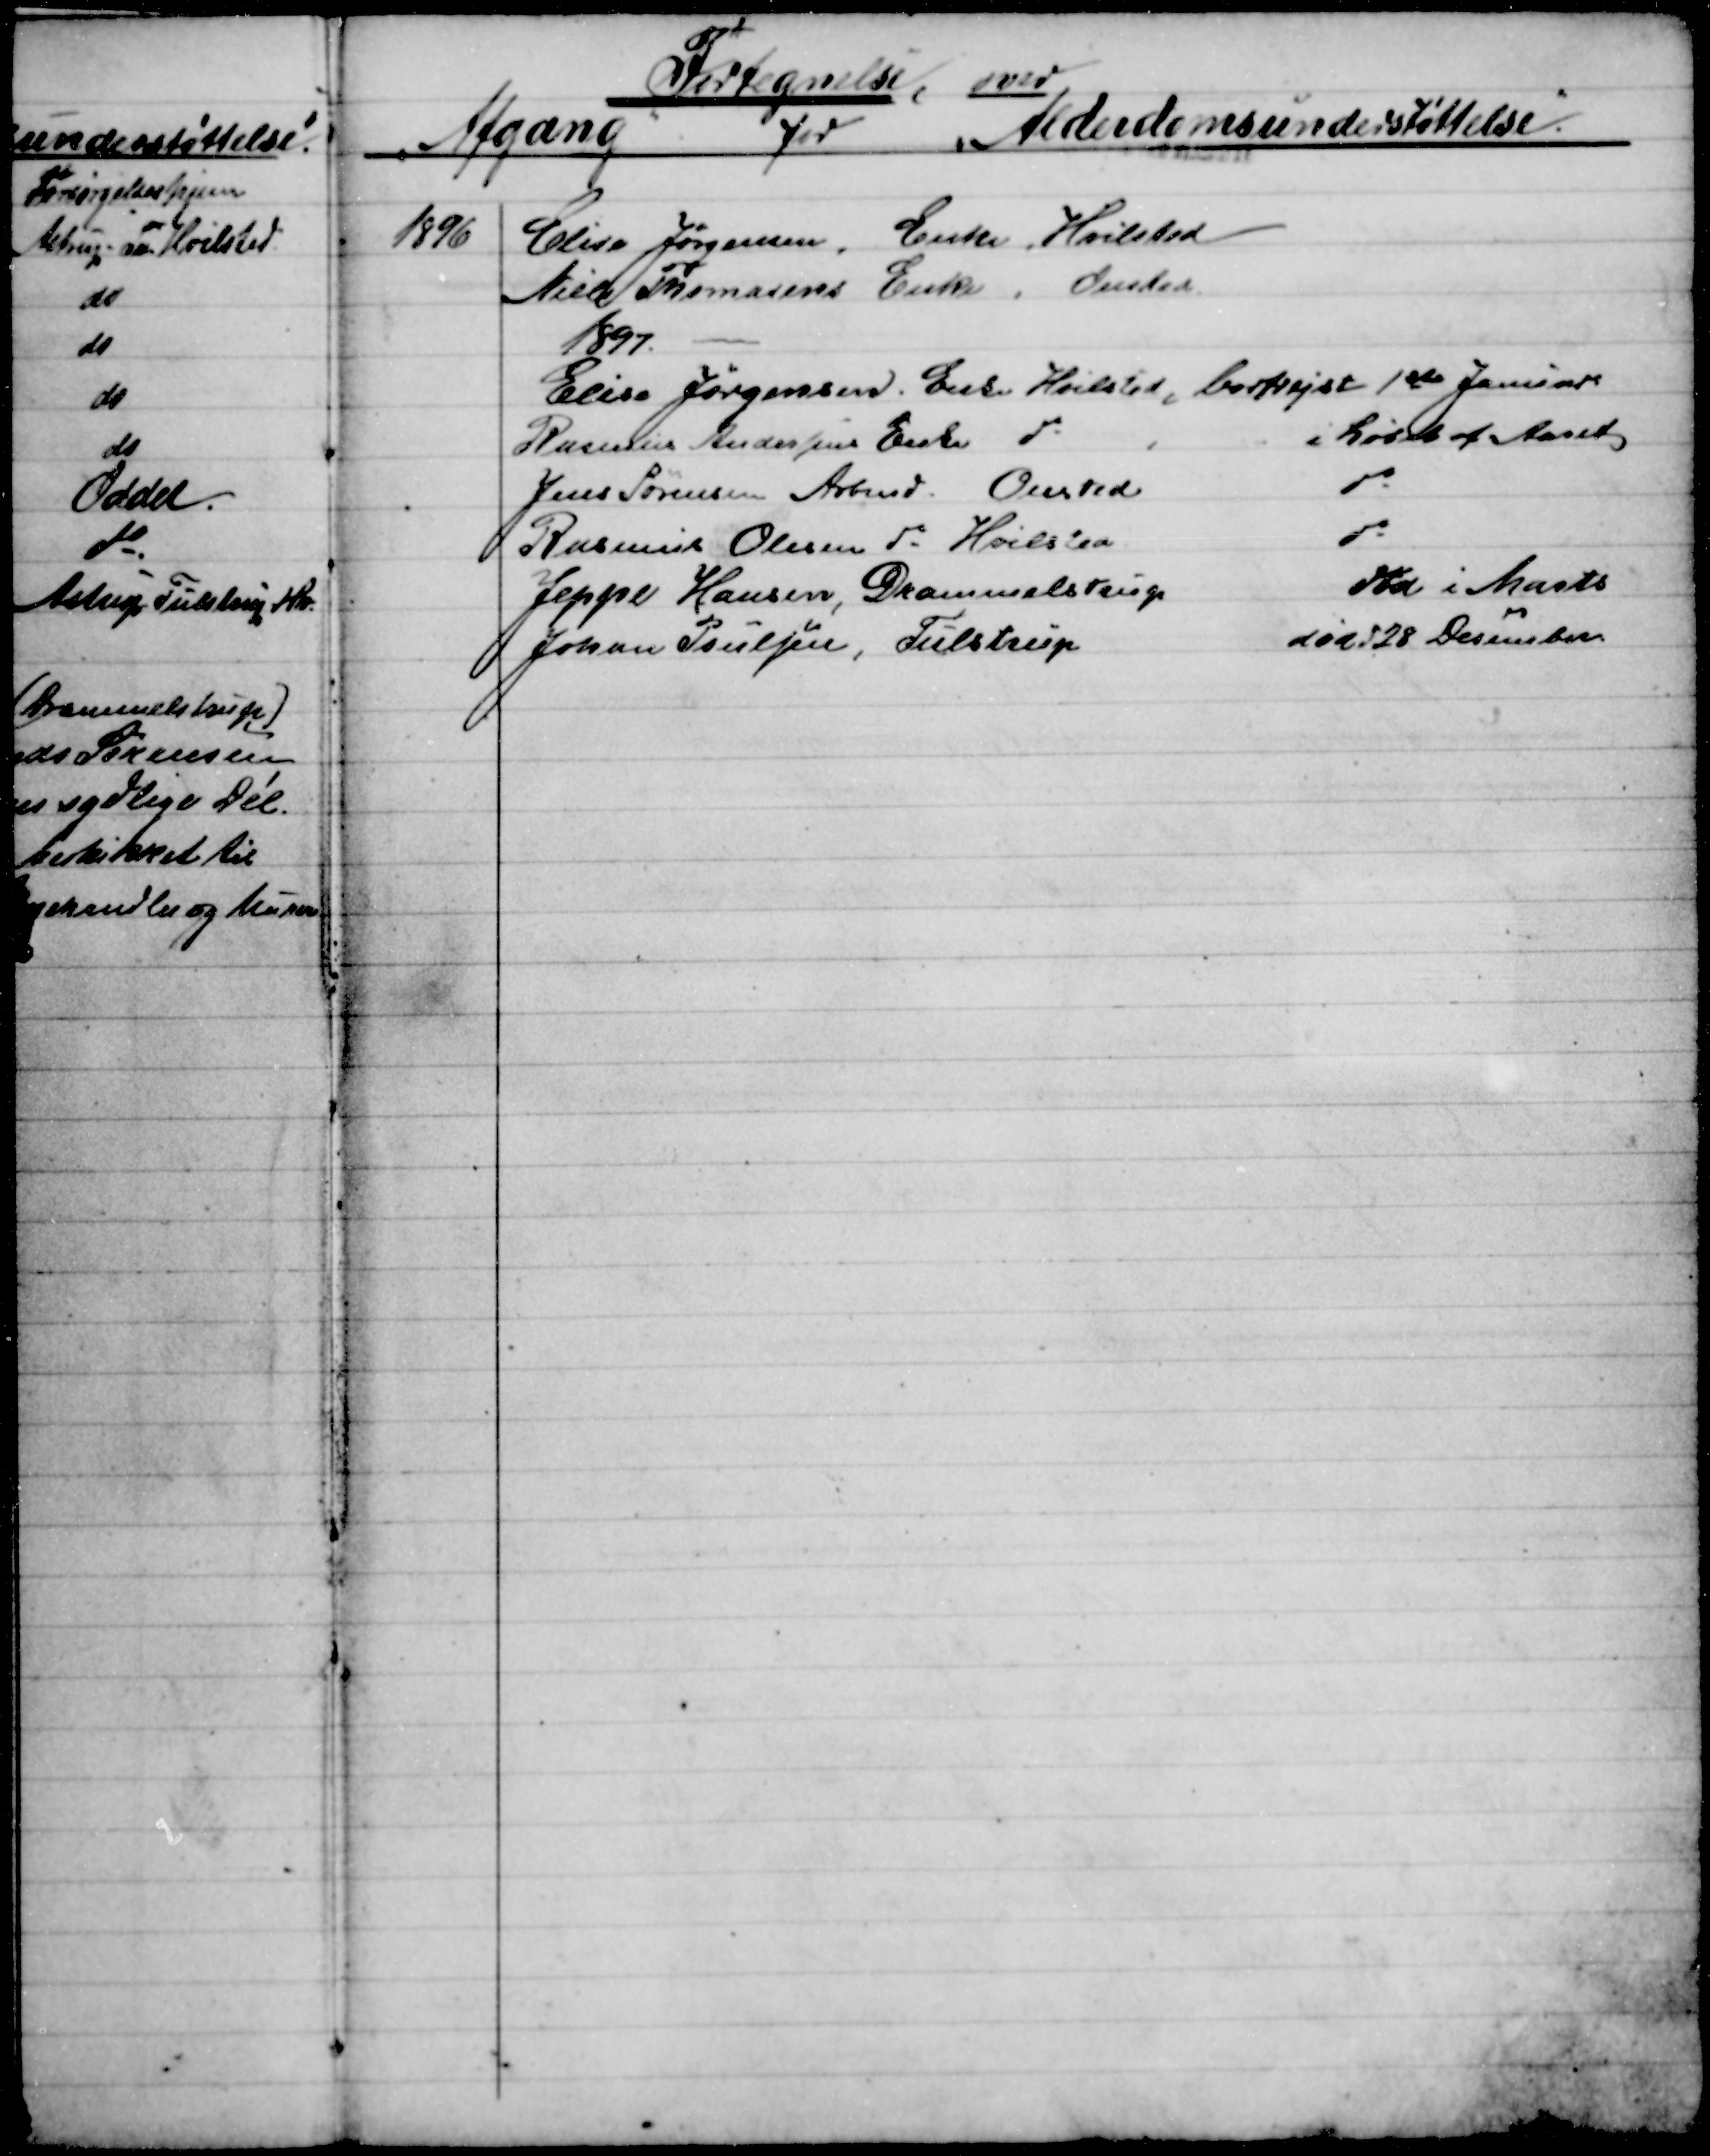
Transskription:
Fortegnelse, over
Afgang
for
Alderdomsunderstøttelse.
1896
Elise Jørgensen, Enke, Hvilsted
Niels Thomasens Enke, Onsted
1897.
Elise Jørgensen, Enke Hvilsted, bortrejst 1ste Januar
Rasmus Andersens Enke do
i Løbet af Aaret
Jens Sørensen Arbmd. Onsted
do
Rasmus Olesen do Hvilsted
do
Jeppe Hansen, Drammelstrup
død  i Marts
Johan Poulsen, Tulstrup
død d 28 December